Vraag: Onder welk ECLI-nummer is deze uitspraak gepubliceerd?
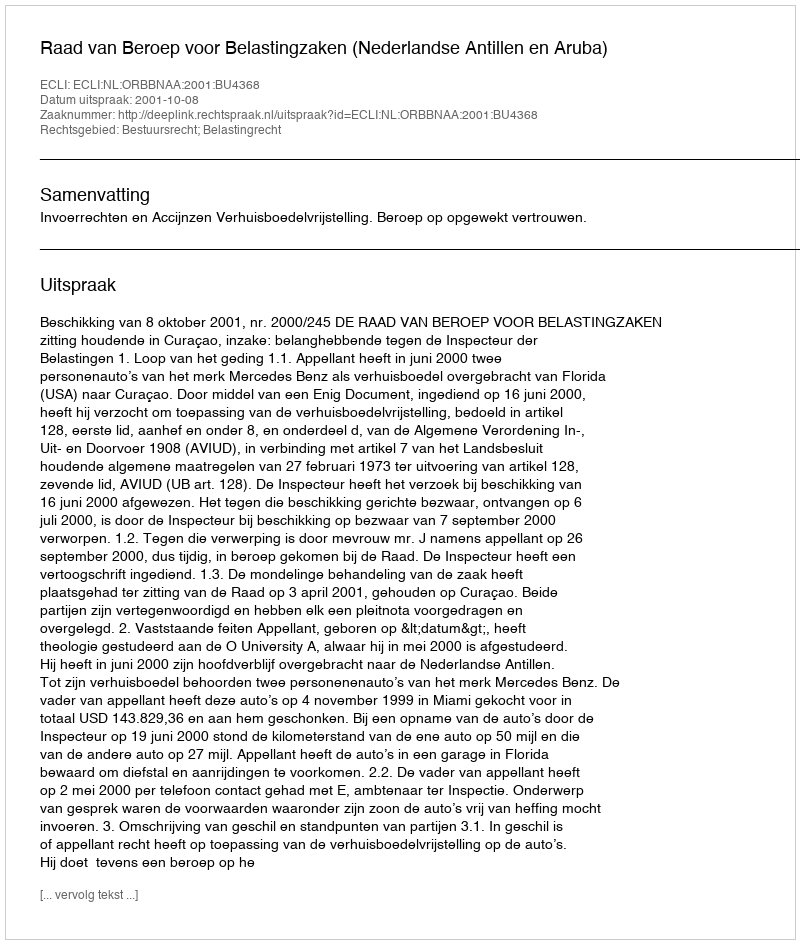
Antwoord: ECLI:NL:ORBBNAA:2001:BU4368